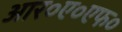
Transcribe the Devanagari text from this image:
आर०ए०एफ०